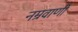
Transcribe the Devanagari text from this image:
नम्रवाणी